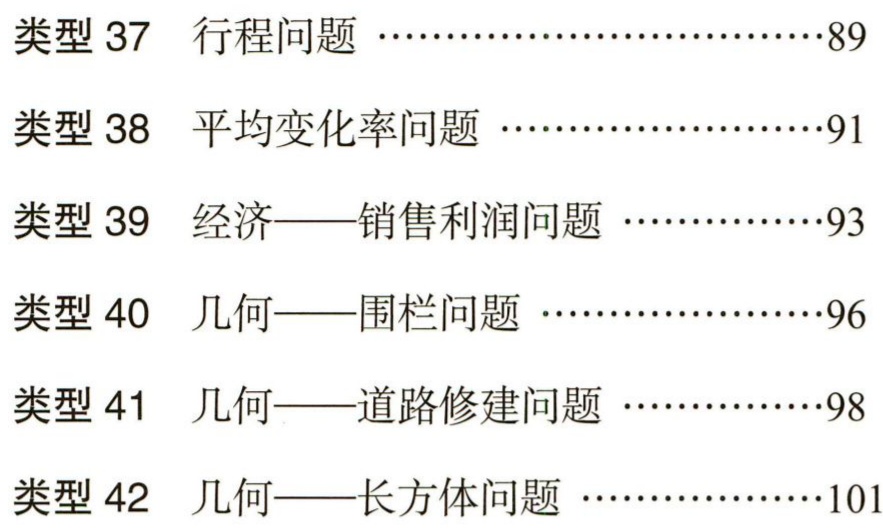
类型 37  行程问题 …………………………89

类型 38  平均变化率问题 ………………………91

类型 39  经济——销售利润问题 ………………93

类型 40  几何——围栏问题 ……………………96

类型 41  几何——道路修建问题 ………………98

类型 42  几何——长方体问题 …………………101